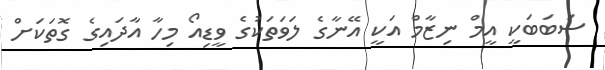
ސަބަބަކީ އީމް ނިޒާމް އަކީ އޭނާގެ ލަވަތަކުގެ ވީޑިއޯ މިހާ އާދައިގެ ގޮތަކަށް